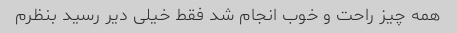
همه چیز راحت و خوب انجام شد فقط خیلی دیر رسید بنظرم